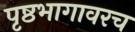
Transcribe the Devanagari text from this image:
पृष्ठभागावरच